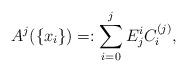
LaTeX: \begin{align*}A^j(\{x_i\})=:\sum_{i=0}^j E_j^i C_i^{(j)},\end{align*}